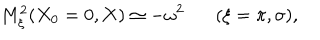
M _ { \xi } ^ { 2 } ( X _ { 0 } = 0 , { \bf X } ) \simeq - \omega ^ { 2 } ( \xi = \pi , \sigma ) ,